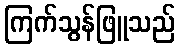
ကြက်သွန်ဖြူသည်